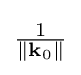
{\textstyle {\frac {1}{\|\mathbf {k} _{0}\|}}}